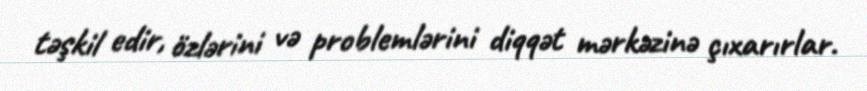
təşkil edir, özlərini və problemlərini diqqət mərkəzinə çıxarırlar.